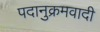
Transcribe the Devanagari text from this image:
पदानुक्रमवादी